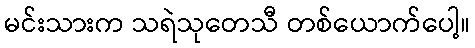
မင်းသားက သရဲသုတေသီ တစ်ယောက်ပေါ့။